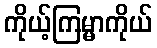
ကိုယ့်ကြမ္မာကိုယ်